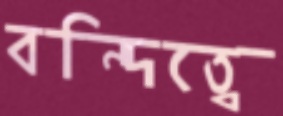
বন্দিত্বে